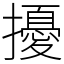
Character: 擾